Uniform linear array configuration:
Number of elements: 64
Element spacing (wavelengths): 0.25
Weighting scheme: blackman
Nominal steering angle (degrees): -15
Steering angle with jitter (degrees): -16.779
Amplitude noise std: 0.05
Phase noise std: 0.05

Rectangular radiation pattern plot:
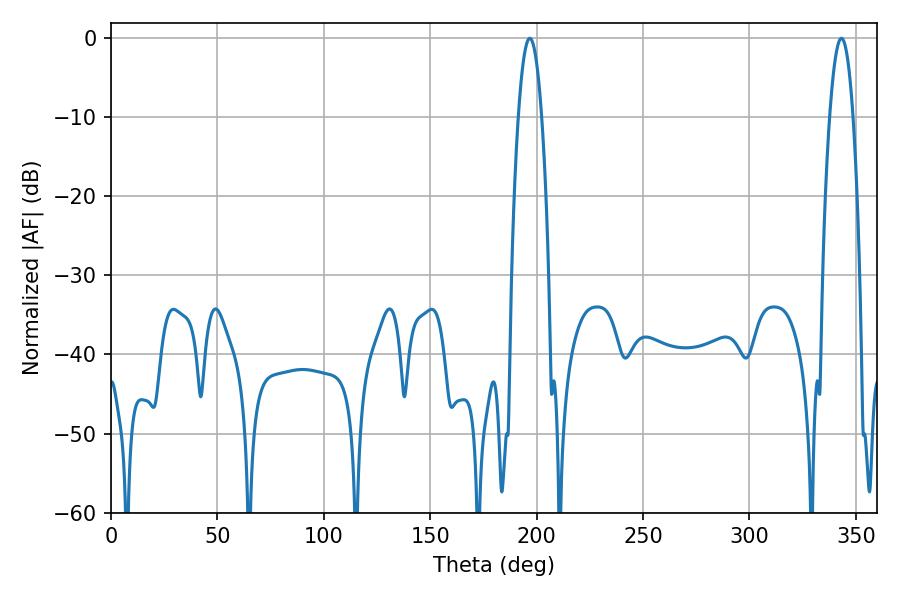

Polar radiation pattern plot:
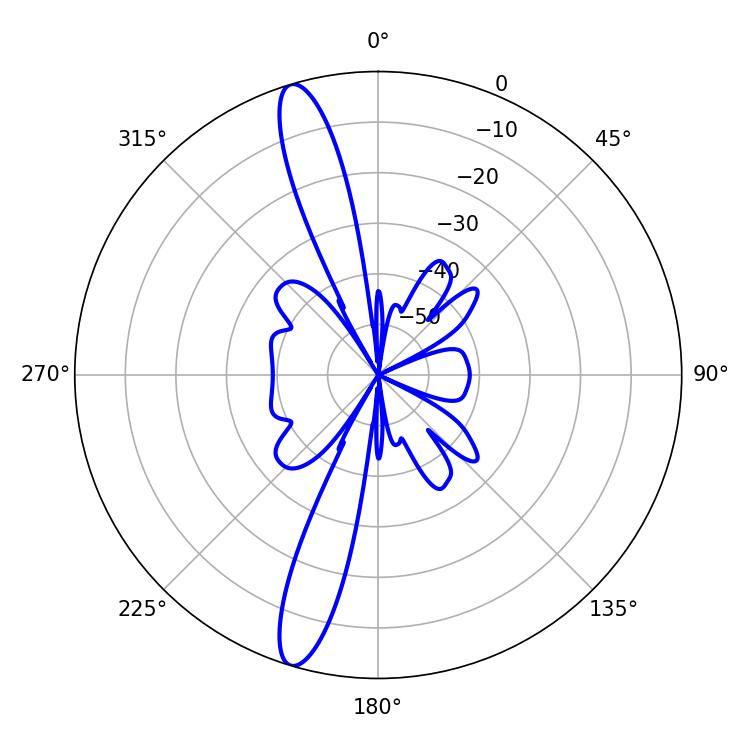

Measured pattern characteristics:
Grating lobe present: FALSE
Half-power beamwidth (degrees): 5.94
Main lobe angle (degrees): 196.74